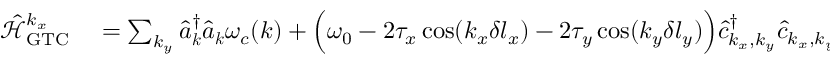
\begin{array} { r l } { \mathcal { \hat { H } } _ { \mathrm { G T C } } ^ { k _ { x } } } & { { } = \sum _ { k _ { y } } \hat { a } _ { \boldsymbol k } ^ { \dagger } \hat { a } _ { \boldsymbol k } \omega _ { c } ( { \boldsymbol k } ) + \Big ( \omega _ { 0 } - 2 \tau _ { x } \cos ( k _ { x } \delta l _ { x } ) - 2 \tau _ { y } \cos ( k _ { y } \delta l _ { y } ) \Big ) \hat { c } _ { k _ { x } , k _ { y } } ^ { \dagger } \hat { c } _ { k _ { x } , k _ { y } } + \mu _ { 0 } \sqrt { \frac { N _ { y } + 1 } { 2 } } \sum _ { k _ { y } \in \mathcal { K } _ { c } } { g _ { \boldsymbol k } } \big ( \hat { a } _ { k _ { x } , k _ { y } } ^ { \dagger } c _ { k _ { x } , k _ { y } } + \hat { a } _ { { k _ { x } , k _ { y } } } c _ { k _ { x } , k _ { y } } ^ { \dagger } \big ) . } \end{array}